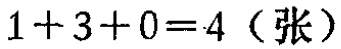
\(1 + 3 + 0 = 4\)（张）